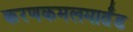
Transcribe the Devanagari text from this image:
करणकमलमार्तंड